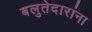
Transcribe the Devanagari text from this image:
बलुतेदारांना